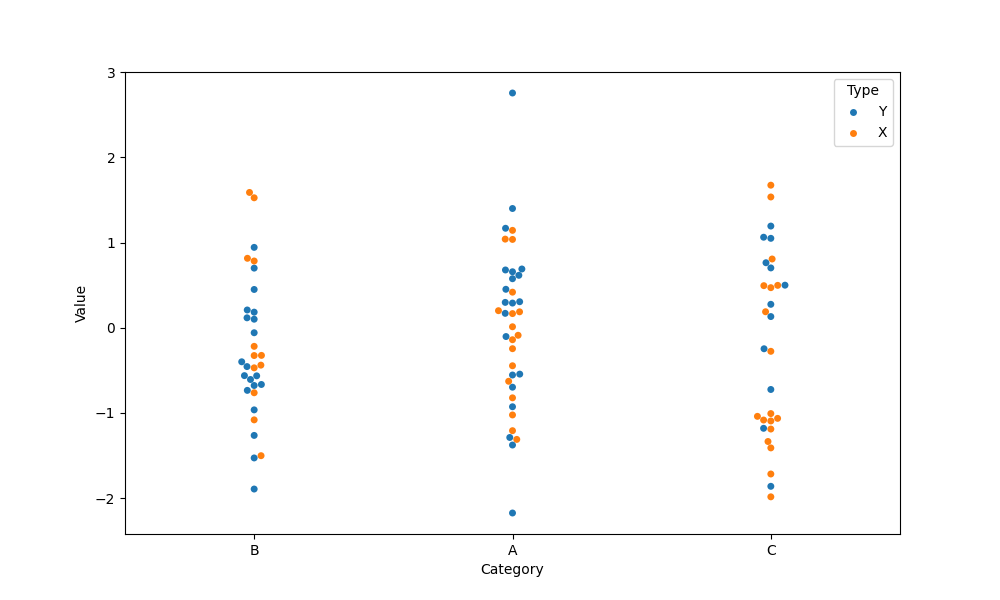
python, seaborn, swarmplot, dodge=False, alpha=1.0, size=5